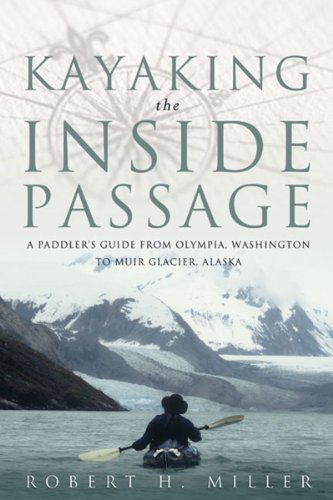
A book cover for Kayaking the Inside Passage: A Paddling Guide from Olympia, Washington to Muir Glacier, Alaska; Robert H. Miller; Sports & Outdoors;